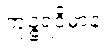
ကုဉ္ဇရဝိမာနံ